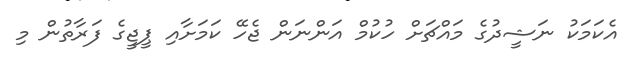
އެކަމަކު ނަޝީދުގެ މައްޗަށް ހުކުމް އަންނަން ޖެހޭ ކަމަށާއި ޕީޖީގެ ފަރާތުން މި